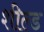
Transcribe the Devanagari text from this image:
शील्‍ड